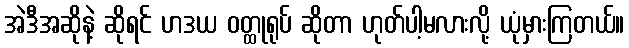
အဲဒီအဆိုနဲ့ ဆိုရင် ဟဒယ ဝတ္ထုရုပ် ဆိုတာ ဟုတ်ပါ့မလားလို့ ယုံမှားကြတယ်။